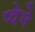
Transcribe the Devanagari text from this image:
प्वेने